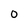
Character: O